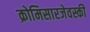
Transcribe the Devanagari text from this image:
क्रोमिसारजेवस्की